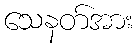
သေနတ်အား